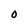
Character: O